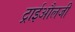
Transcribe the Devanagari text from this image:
ट्राईऔलजी